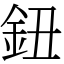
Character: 鈕